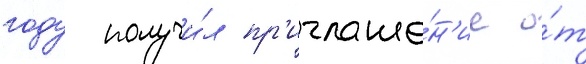
году получи́л пр'иглаше́н'ие о́т